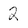
Character: 2